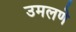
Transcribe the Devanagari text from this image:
उमलणे